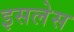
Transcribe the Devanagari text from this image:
इसलेस